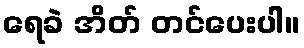
ရေခဲ အိတ် တင်ပေးပါ။